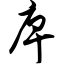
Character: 庳